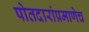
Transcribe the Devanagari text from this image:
पोतदारांप्रमाणेच